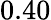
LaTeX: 0.40